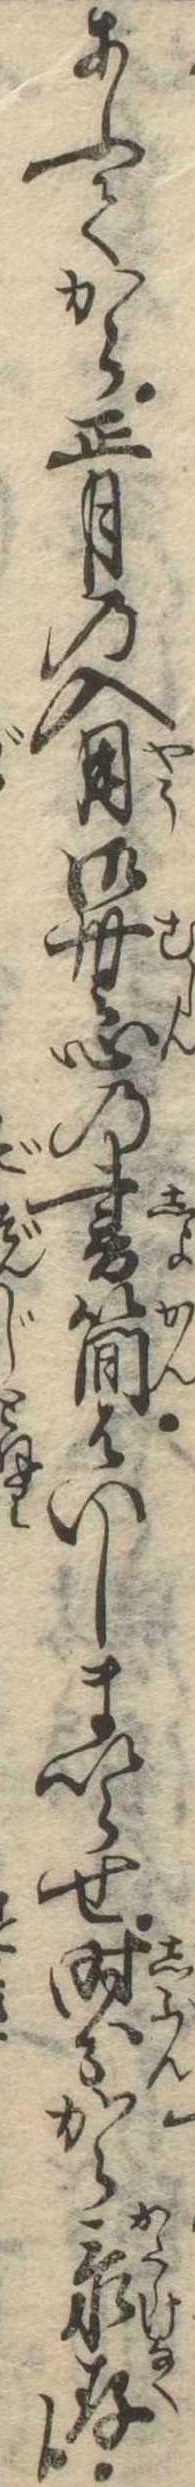
あふてから正月の入用御無心の書簡はいしまいらせ時分がら忝存候